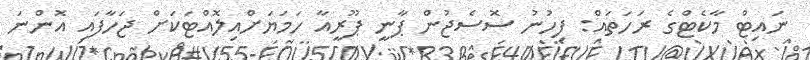
ނައިޓް މާކެޓްގެ ރަހަތައް: ފިހުނު ސޮސެޖުން ޕާނީ ޕޫރީއާ ހަމަޔަށްއިލޮއްޓަކަށް ޖަހާފައި އޮންނަ